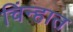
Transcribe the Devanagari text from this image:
चिंन्हात